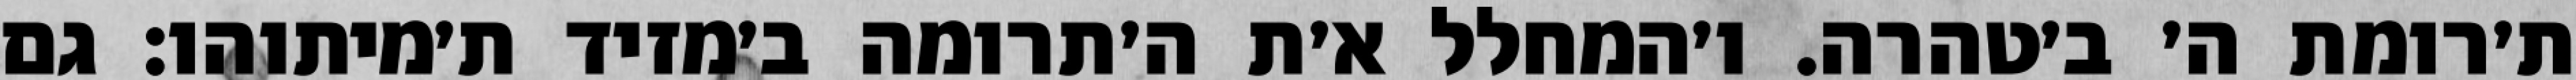
ת׳רומת ה׳ ב׳טהרה. ו׳המחלל א׳ת ה׳תרומה ב׳מזיד ת׳מיתוהו: גם